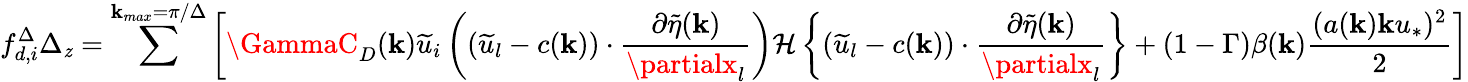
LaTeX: {f_{d,i}^{\Delta}}\Delta_{\mathit{z}}=\sum^{\mathbf{k}_{max}=\pi/\Delta}\left[\GammaC_{D}(\mathbf{k})\widetilde{{u}}_{i}\left((\widetilde{{u}}_{l}-c(\mathbf{k}))\cdot\frac{{\partial\widetilde{{\eta}}(\mathbf{k})}}{{\partialx_{l}}}\right){\mathcal{{H}}\left\{ (\widetilde{{u}}_{l}-c(\mathbf{k}))\cdot\frac{{\partial\widetilde{{\eta}}(\mathbf{k})}}{{\partialx_{l}}}\right\} }+(1-\Gamma)\beta(\mathbf{k})\frac{{(a(\mathbf{k})\mathbf{k}u_{*})^{2}}}{{2}}\right]